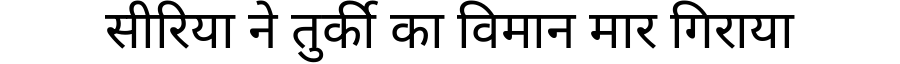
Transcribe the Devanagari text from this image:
सीरिया ने तुर्की का विमान मार गिराया